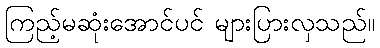
ကြည့်မဆုံးအောင်ပင် များပြားလှသည်။